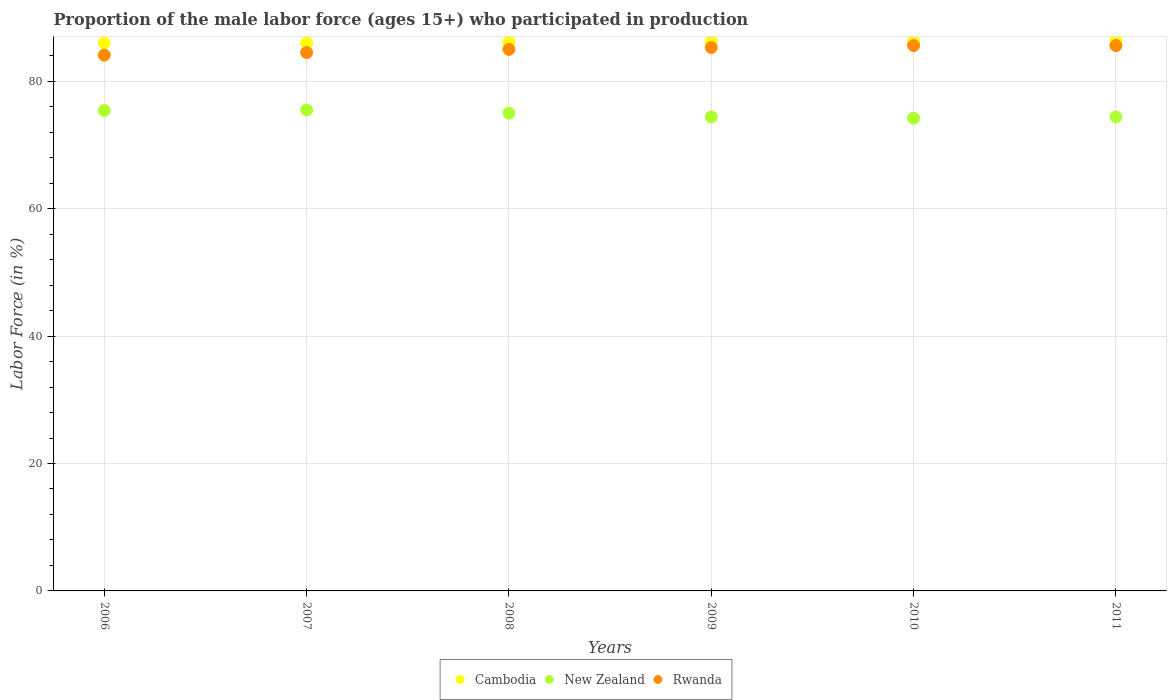
| Years | Cambodia | New Zealand | Rwanda |
 | --- | --- | --- | --- |
 | 2006 | 86 | 75.4 | 84.1 |
 | 2007 | 86 | 75.5 | 84.5 |
 | 2008 | 86.1 | 75 | 85 |
 | 2009 | 86.2 | 74.4 | 85.3 |
 | 2010 | 86.3 | 74.2 | 85.6 |
 | 2011 | 86.4 | 74.4 | 85.6 |